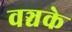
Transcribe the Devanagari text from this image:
वञ्चके